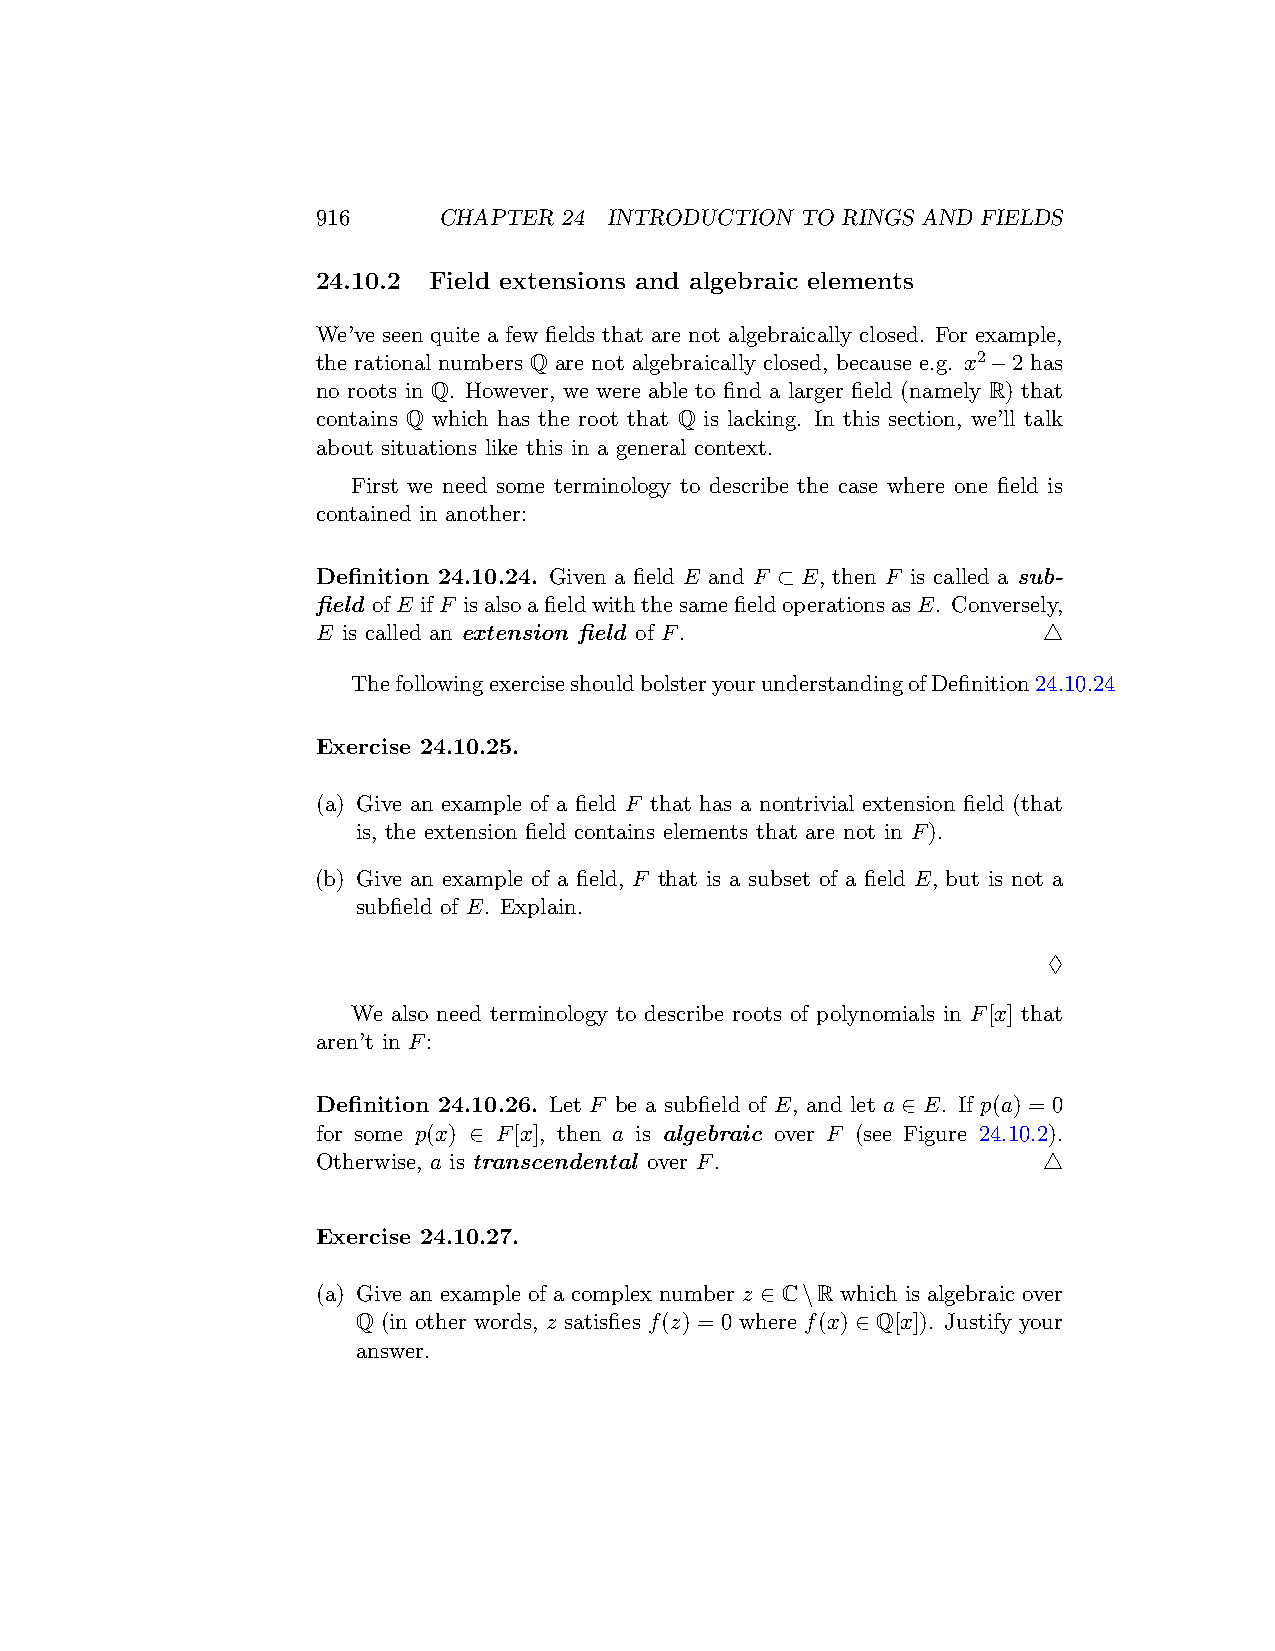
916     CHAPTER 24 INTRODUCTION TO RINGS AND FIELDS
 24.10.2 Field extensions and algebraic elements
 We’ve seen quite a few fields that are not algebraically closed. For example,
 the rational numbers Q are not algebraically closed, because e.g. x2−2 has
 no roots in Q. However, we were able to find a larger field (namely R) that
 contains Q which has the root that Q is lacking. In this section, we’ll talk
 about situations like this in a general context.
 First we need some terminology to describe the case where one field is
 contained in another:
 Definition 24.10.24. Given a field E and F ⊂ E, then F is called a sub-
 field ofE ifF isalsoafieldwiththesamefieldoperationsasE. Conversely,
 E is called an extension field of F.            △
 ThefollowingexerciseshouldbolsteryourunderstandingofDefinition24.10.24
 Exercise 24.10.25.
 (a) Give an example of a field F that has a nontrivial extension field (that
 is, the extension field contains elements that are not in F).
 (b) Give an example of a field, F that is a subset of a field E, but is not a
 subfield of E. Explain.
 ♢
 We also need terminology to describe roots of polynomials in F[x] that
 aren’t in F:
 Definition 24.10.26. Let F be a subfield of E, and let a ∈ E. If p(a) = 0
 for some p(x) ∈ F[x], then a is algebraic over F (see Figure 24.10.2).
 Otherwise, a is transcendental over F.          △
 Exercise 24.10.27.
 (a) Give an example of a complex number z ∈ C\R which is algebraic over
 Q (in other words, z satisfies f(z) = 0 where f(x) ∈ Q[x]). Justify your
 answer.